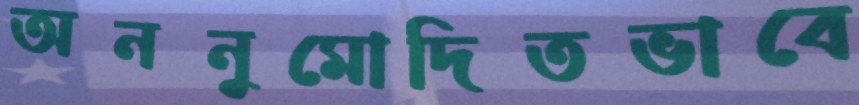
অননুমোদিতভাবে